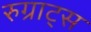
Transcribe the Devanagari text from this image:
रुग्राट्स